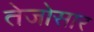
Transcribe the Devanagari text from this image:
तेजोसार